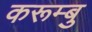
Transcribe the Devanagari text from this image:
करूम्बु